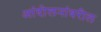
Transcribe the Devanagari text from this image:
आंदोलनांवरील